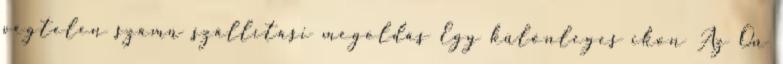
végtelen számú szállítási megoldás Egy különleges ikon Az Ön